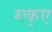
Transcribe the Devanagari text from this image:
ग्त्क्ए